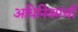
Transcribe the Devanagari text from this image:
अधिनियमंची